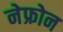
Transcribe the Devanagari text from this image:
नेफ्रोन